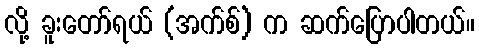
လို့ ခူးတော်ရယ် (အက်စ်) က ဆက်ပြောပါတယ်။